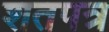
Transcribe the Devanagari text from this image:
शतपत्र